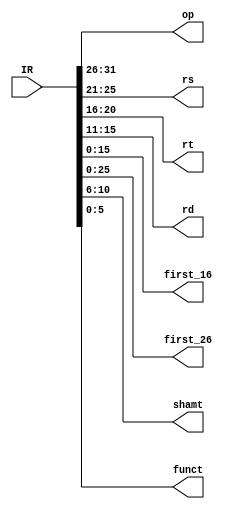

module instruction_reg ( IR, op , rs , rt , rd , first_16 ,first_26,shamt, funct );

input [31:0] IR ;
     
output reg [5:0]  op , funct ;     // 6 bits 
output reg [4:0]  rs , rt , rd , shamt ;   // 5 bits 
output reg [15:0]  first_16  ;     // 16 bits
output reg [25:0]  first_26 ;
 
always @ (IR) begin
   op <= IR[31:26];
   rs <= IR[25:21];
   rt <= IR[20:16];
   rd <= IR[15:11];
   first_16 <= IR[15:0];
   first_26 <= IR[25:0];
   funct <= IR[5:0];
   shamt <= IR[10:6];
   
end 

endmodule